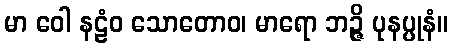
မာ ဝေါ နဠံဝ သောတောဝ၊ မာရော ဘဉ္ဇိ ပုနပ္ပုနံ။